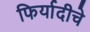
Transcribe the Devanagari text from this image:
फिर्यादीचे